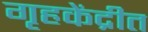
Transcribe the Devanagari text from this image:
गृहकेंद्रीत